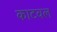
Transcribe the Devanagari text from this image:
काटवल